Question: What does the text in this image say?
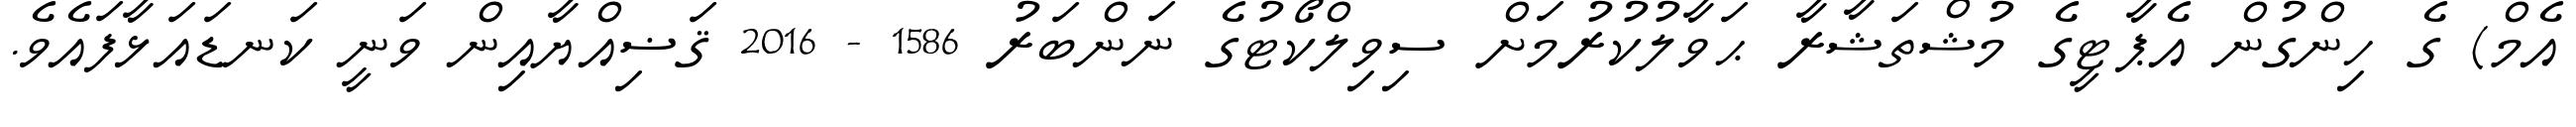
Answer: އެމް) ގެ ހިންގުން އެޕާޓީގެ މުޝްތަޝާރާ ޙަވާލުކުރުމަށް ސިވިލްކޯޓުގެ ނަންބަރު 1586 - 2016 ޤަޟިއްޔާއިން ވަނީ ކަނޑައަޅާފައެވެ.